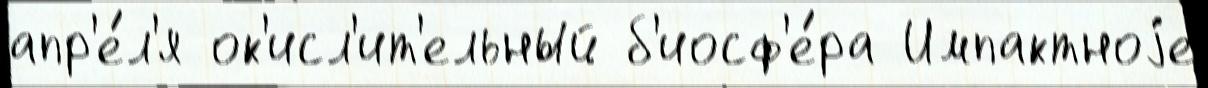
апр'е́л'я ок'исл'ит'ельный б'иосф'е́ра Импактноjе